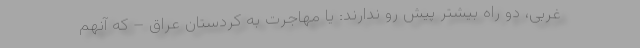
غربی، دو راه بیشتر پیش رو ندارند: یا مهاجرت به کردستان عراق – که آنهم